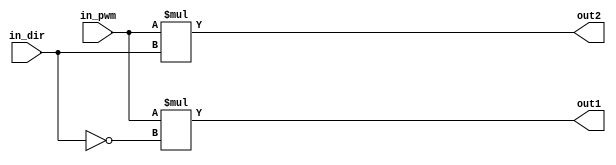
module motor_direction(in_pwm, in_dir, out1, out2);
input in_pwm;
input in_dir;
output out1;
output out2;

assign out1 = in_pwm * ~in_dir;
assign out2 = in_pwm * in_dir;

endmodule